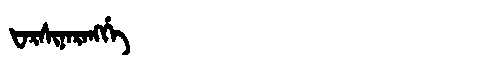
Manchu: ᡶᠠᡵᠰᡳᠨᠠᡵᠠᠩᡤᡝ
Romanization: FARSINARANGGE